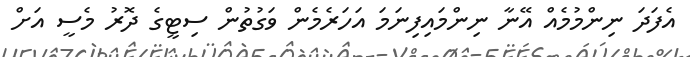
އެފަދަ ނިންމުމެއް އޭނާ ނިންމައިފިނަމަ އަހަރެމެން ވަގުތުން ސިޓީގެ ދޮރު މެސީ އަށް